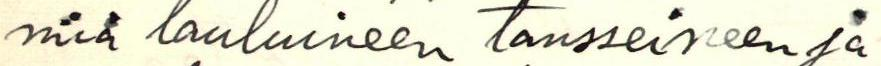
miä lauluineen tansseineen ja